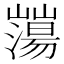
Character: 𡾕